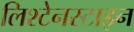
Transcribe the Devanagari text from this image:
लिश्टेनस्टाइन